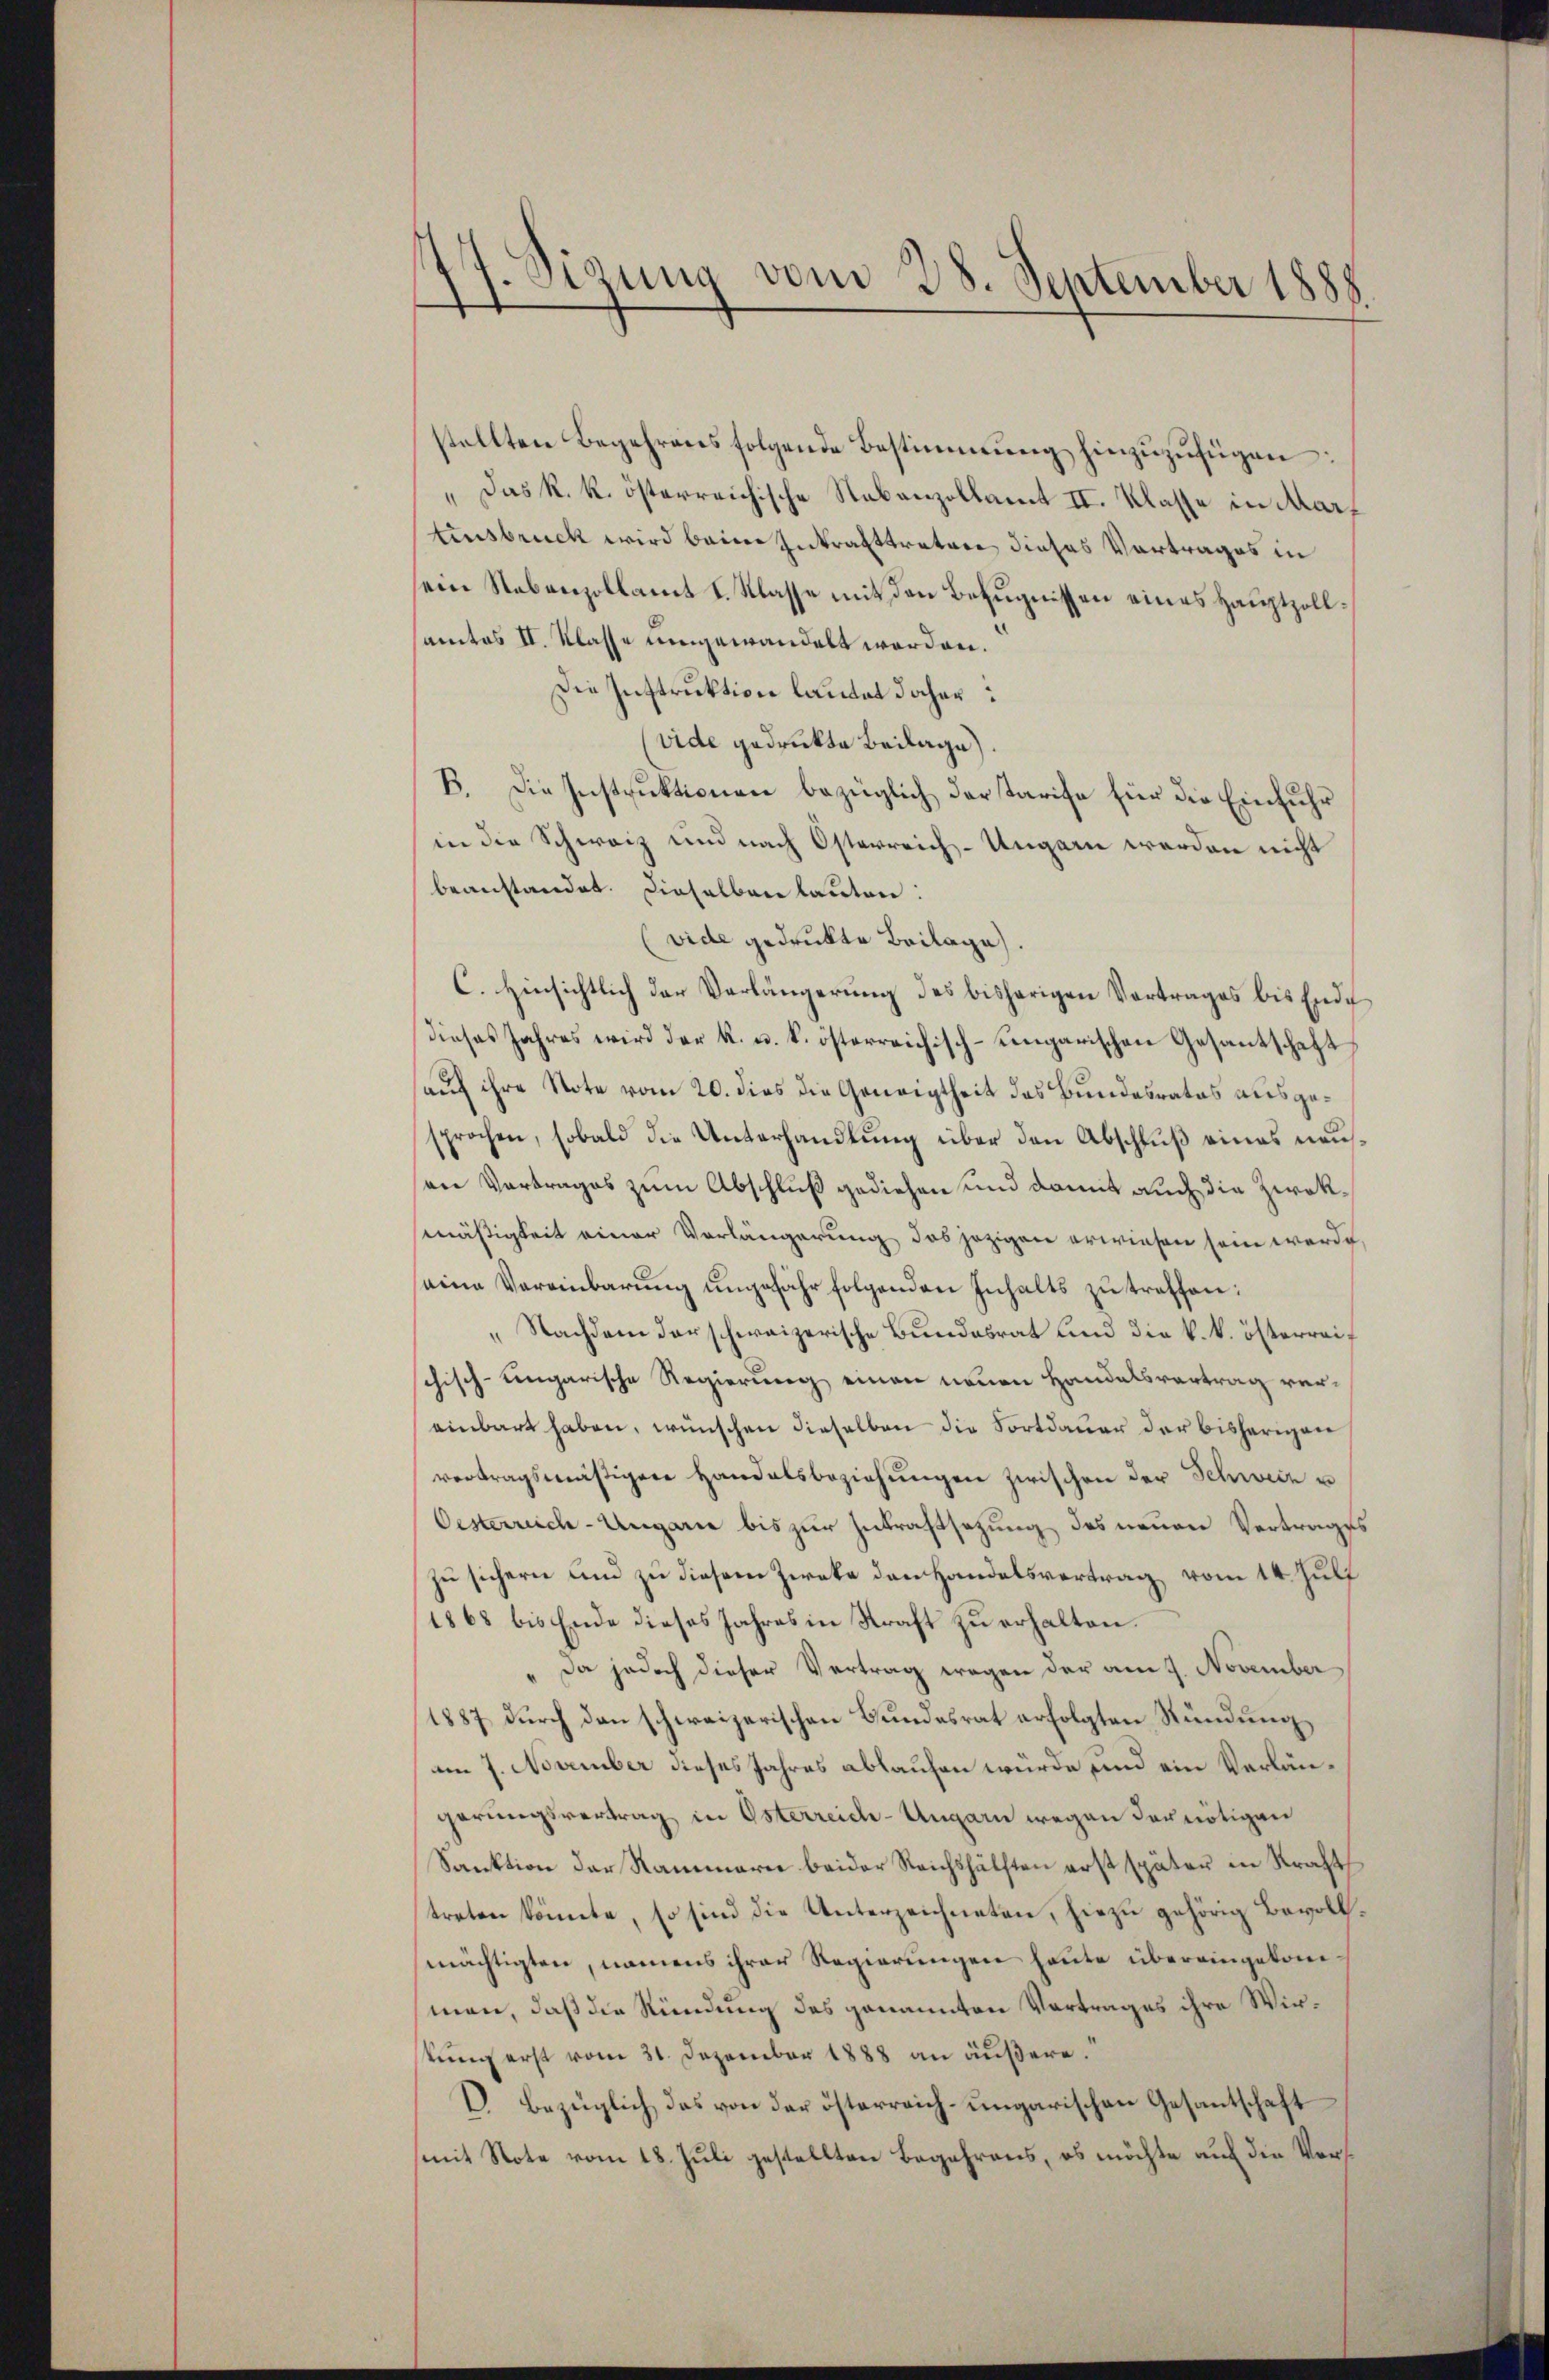
)
Eizung vom 28. September 1888.

stellten Begehrens folgende Bestimmung hinzŭzŭfügen:
" Das k. k. österreichische Nebenzollamt II. Klasse in Martensbruck wird beim Inkrafttratore dieses Vortrages in
sein Nebenzollamt I. Klasse mit den Befugnissen eines Hauptzollamtos II. Klasse umgewandelt worden.
Die Instruktion lautet daher:
vide gedruckte Beilage).
B. Die Instruktionen bezüglich der tarise für die Einfuhr
in die Schweiz und nach Osterreich-Ungarn werden nicht
beanstandet. Dieselben lauten:
vide gedruckte Beilage.
C. Hinsichtlich der Verlängerung des bisherigen Vortrages bis Ende
dieses Jahres wird der K. u. k. österreichisch-sengarischen Gesantschaft
sauf ihre Note vom 20. dies die Geneigtheit des Bundesrates ausgesprochen, sobald die Unterhandlung über den Abschluß eines neuson Vortrages zum Abschluß gediehen und damit auch die Zwekmäßigkeit einer Vorlängerung das jezigen erwiesen sein werde
seine Vereinbarŭng ungefähr folgenden Inhalts zu treffen:
„Nachdem darschweizerische Bundesrat und die k. k. österreif
schisch-ungarische Regierung einen neuen Handelsvertrag vereinbart haben, wünschen dieselben die Fortdauer der bisherigen
vertragsmäßigen Handelsbeziehŭngen zwischen der Schweiz u
Oesterreich-Ungarie bis zur Zutraftsetzung des neuen Vertrages
zu sichern und zu diesem Zweke den Handelsvertrag vom 14. Juli
1868 bis Ende dieses Jahres in Kraft zu erhalten.
Da jedoch dieser Vertrag wegen der am 9. November
1887 durch den schweizerischen Bundesrat erfolgten Stündung
am 7. November dieses Jahres ablaufen würde und ein Verlängerungsvertrag in Österreich-Ungarn wegen der nötigen
Sanktion der Rammarie beider Reichshälften erst später in Kracht
treten könnte, so sind die Unterzeichneten, hiezu gehörig Bevollmächtigten, namens ihrer Regierungen heute übereingekom
men, daß die Ründung des genannten Vortrages ihre Wirstung erst vom 31. Dezember 1888 an äußere
E. Bezüglich das von der österreich-ungarischen Gesantschaft
mit Note vom 18. Juli gestellten Begehrens, es möchte auf die Vers¬